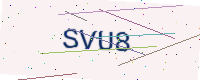
Text: SVU8